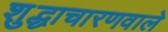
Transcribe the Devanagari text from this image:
शुद्धाचारणवाले